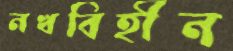
নখবিহীন